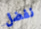
نفضل